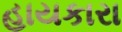
હાયકારા